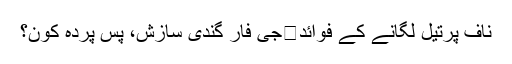
ناف پرتیل لگانے کے فوائد	جی فار گندی سازش، پس پردہ کون؟